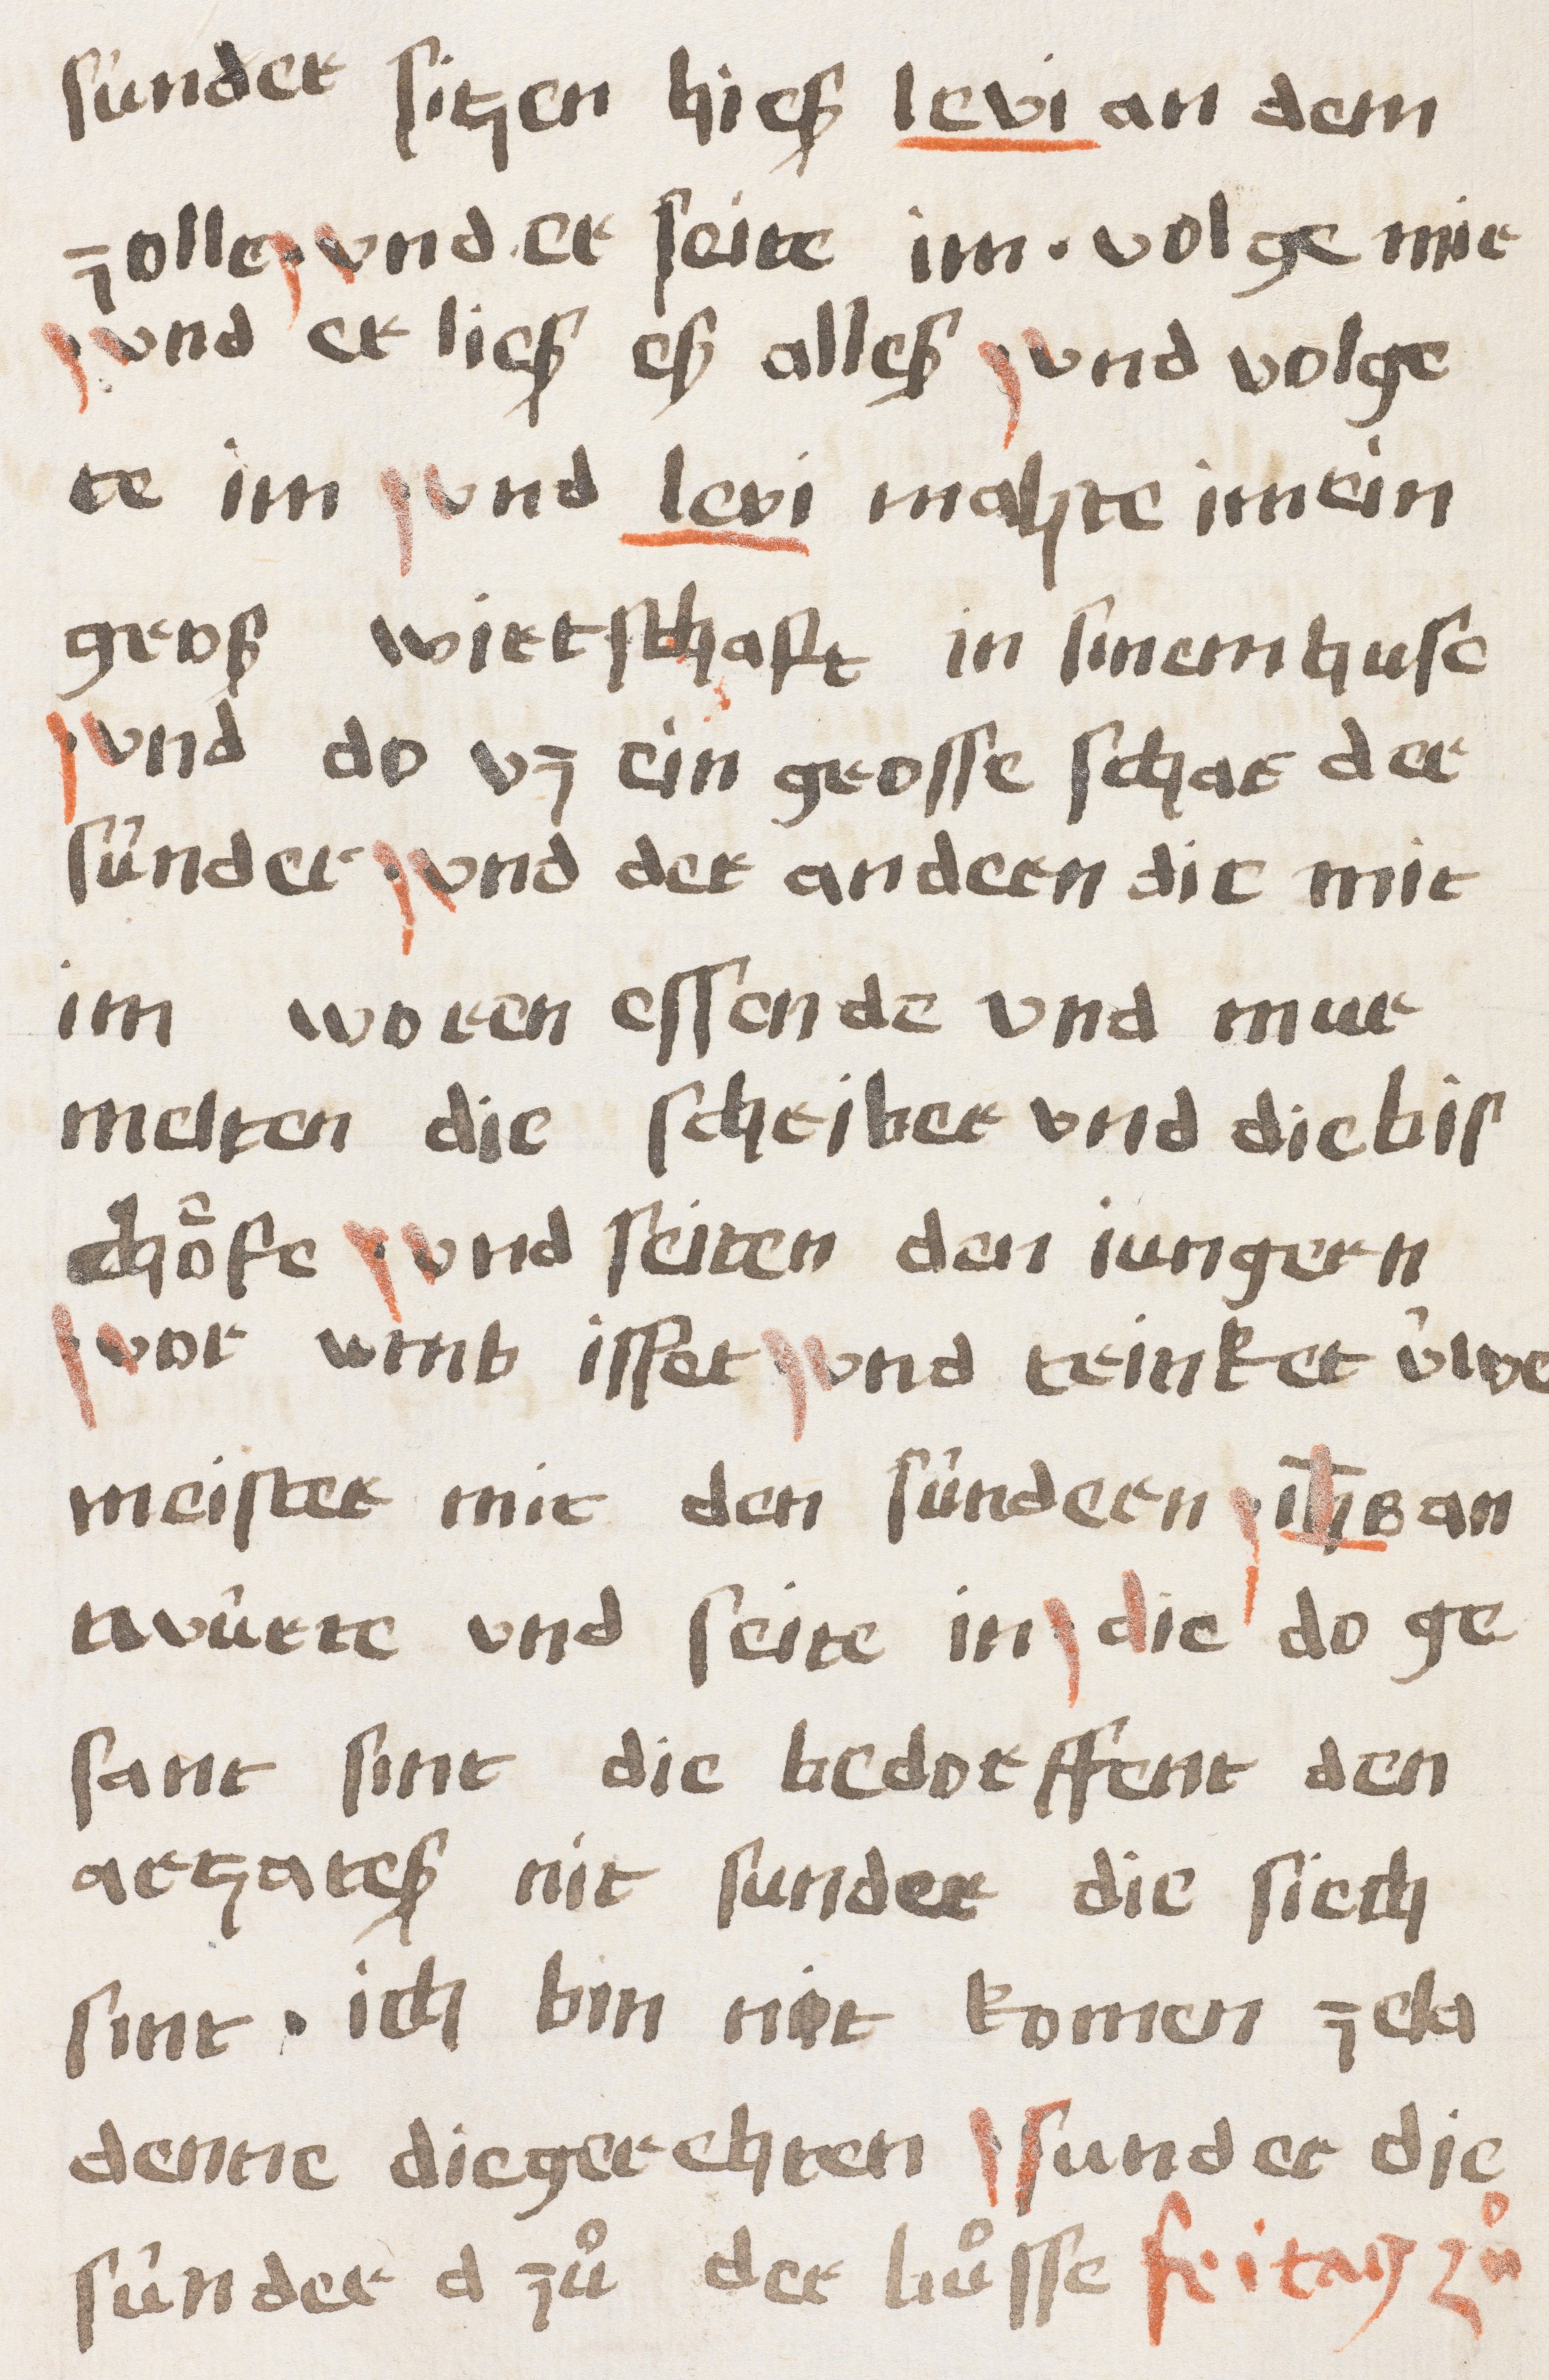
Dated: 1400–1499